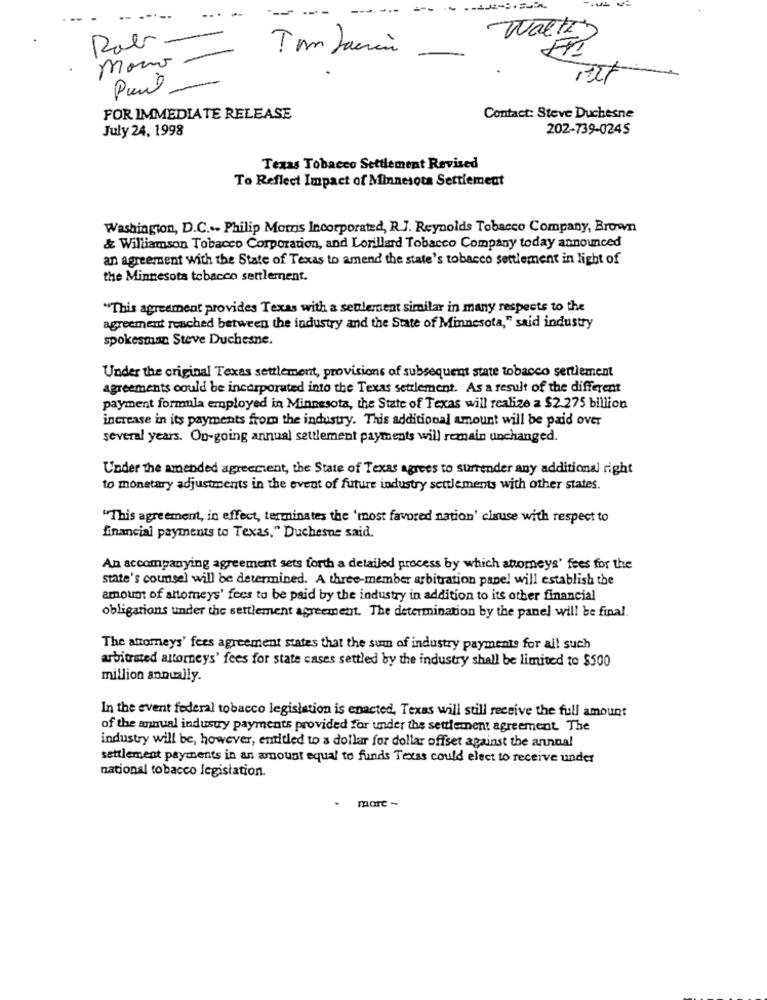
...
-
Rob-
Waltz
Tom Jacin
mono
-
FOR IMMEDIATE RELEASE
Contact: Steve Duchesne
July 24, 1998
202-739-0245
Texas Tobacco Settlement Revised
To Reflect Impact of Minnesota Settlement
Washington, D.C ... Philip Morris Incorporated, R.J. Reynolds Tobacco Company, Brown
& Williamson Tobacco Corporation, and Lorillard Tobacco Company today announced
an agreement with the State of Texas to amend the state's tobacco settlement in light of
the Minnesota tobacco settlement.
"This agreement provides Texas with a settlement similar in many respects to the
agreement reached between the industry and the State of Minnesota," said industry
spokesman Steve Duchesne.
Under the original Texas settlement, provisions of subsequent state tobacco sertlement
agreements could be incorporated into the Texas settlement. As a result of the different
payment formula employed in Minnesota, the State of Texas will realize a $2.275 billion
increase in its payments from the industry. This additional amount will be paid over
several years. On-going annual settlement payments will remain unchanged.
Under the amended agreement, the State of Texas agrees to surrender any additional right
to monetary adjustments in the event of future industry settlements with other states.
"This agreement, in effect, terminates the 'most favored nation' clsuse with respect to
financial payments to Texas," Duchesne said.
An accompanying agreement sets forth a detailed process by which attomeys' fees for the
state's counsel will be determined. A three-member arbitration panel will establish the
amount of altomeys' fees to be paid by the industry in addition to its other financial
obligations under the settlement agreement. The determination by the panel will be final.
The attorneys' fees agreement states that the sum of industry payments for all such
arbitrated attorneys' fees for state cases settled by the industry shall be limited to $500
million annually.
In the event federal tobacco legislation is enacted, Texas will still receive the full amount
of the annual industry payments provided for under the settlement agreement The
industry will be, however, entitled to a dollar for dollar offset against the annual
settlement payments in an amount equal to funds Texas could elect to receive under
national tobacco legislation.
more -